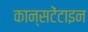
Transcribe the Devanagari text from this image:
कान्सटेंटाइन